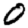
Digit: 0